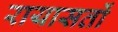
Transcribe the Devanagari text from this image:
रायासतों